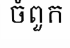
ចំពួក